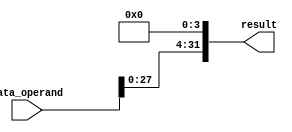
module shiftleft_four(result, data_operand);

    input [31:0] data_operand;
    output [31:0] result;

    assign result[0] = 1'b0;
    assign result[1] = 1'b0;
    assign result[2] = 1'b0;
    assign result[3] = 1'b0;
    assign result[4] = data_operand[0];
    assign result[5] = data_operand[1];
    assign result[6] = data_operand[2];
    assign result[7] = data_operand[3];
    assign result[8] = data_operand[4];
    assign result[9] = data_operand[5];
    assign result[10] = data_operand[6];
    assign result[11] = data_operand[7];
    assign result[12] = data_operand[8];
    assign result[13] = data_operand[9];
    assign result[14] = data_operand[10];
    assign result[15] = data_operand[11];
    assign result[16] = data_operand[12];
    assign result[17] = data_operand[13];
    assign result[18] = data_operand[14];
    assign result[19] = data_operand[15];
    assign result[20] = data_operand[16];
    assign result[21] = data_operand[17];
    assign result[22] = data_operand[18];
    assign result[23] = data_operand[19];
    assign result[24] = data_operand[20];
    assign result[25] = data_operand[21];
    assign result[26] = data_operand[22];
    assign result[27] = data_operand[23];
    assign result[28] = data_operand[24];
    assign result[29] = data_operand[25];
    assign result[30] = data_operand[26];
    assign result[31] = data_operand[27];

endmodule